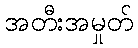
အတီးအမှုတ်